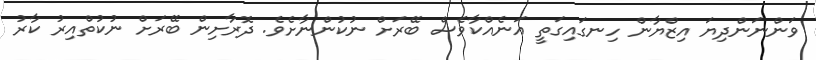
ވަންނަންދިޔަ އިޒްޔާން ހިނގައިގަތީ އަނެއްކާވެސް ބޭރަށް ނުކުންނާށެވެ. ދޮރާށިން ބޭރަށް ނުކުތްއިރު ކާރު